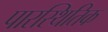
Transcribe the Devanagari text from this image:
पारस्थितिक